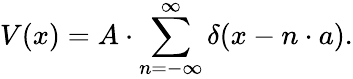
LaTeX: V(x)=A\cdot\sum_{n=-\infty}^{\infty}\delta(x-n\cdot a).